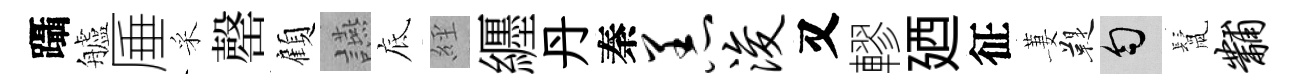
躡艫厜采罄顧讌底𦀇纒丹秦恙浚又轇廼征萋鞮匀鬛黼